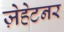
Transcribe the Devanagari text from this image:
ज़ेहेटनर